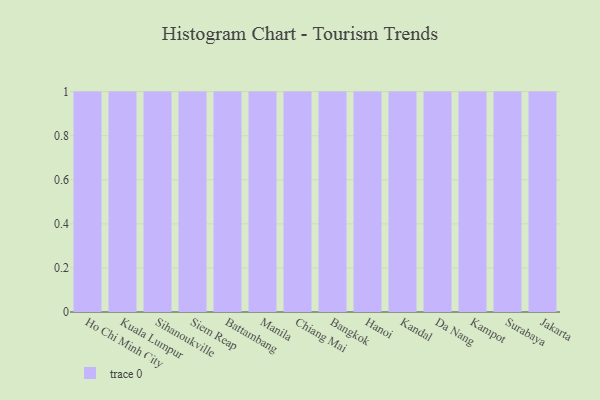
{"axis": {"x": "City", "y": "Backlog"}, "legend": [""], "data": [{"x": "Ho Chi Minh City", "y": 69, "type": ""}, {"x": "Kuala Lumpur", "y": 30, "type": ""}, {"x": "Sihanoukville", "y": 89, "type": ""}, {"x": "Siem Reap", "y": 71, "type": ""}, {"x": "Battambang", "y": 44, "type": ""}, {"x": "Manila", "y": 41, "type": ""}, {"x": "Chiang Mai", "y": 38, "type": ""}, {"x": "Bangkok", "y": 35, "type": ""}, {"x": "Hanoi", "y": 19, "type": ""}, {"x": "Kandal", "y": 82, "type": ""}, {"x": "Da Nang", "y": 58, "type": ""}, {"x": "Kampot", "y": 43, "type": ""}, {"x": "Surabaya", "y": 87, "type": ""}, {"x": "Jakarta", "y": 1, "type": ""}]}